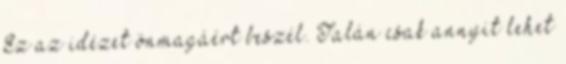
Ez az idézet önmagáért beszél. Talán csak annyit lehet